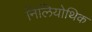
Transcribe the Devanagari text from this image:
निलियोथिक